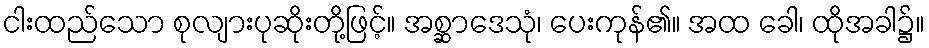
ငါးထည်သော စုလျားပုဆိုးတို့ဖြင့်။ အစ္ဆာဒေသုံ၊ ပေးကုန်၏။ အထ ခေါ၊ ထိုအခါ၌။